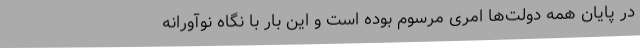
در پایان همه دولت‌ها امری مرسوم بوده است و این بار با نگاه نوآورانه